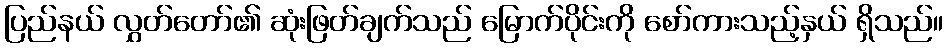
ပြည်နယ် လွှတ်တော်၏ ဆုံးဖြတ်ချက်သည် မြောက်ပိုင်းကို စော်ကားသည့်နှယ် ရှိသည်။